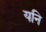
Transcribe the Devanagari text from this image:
यनि